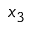
x _ { 3 }